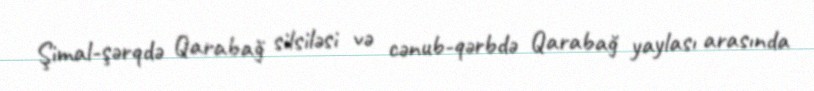
Şimal-şərqdə Qarabağ silsiləsi və cənub-qərbdə Qarabağ yaylası arasında